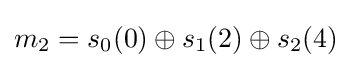
m_{2}=s_{0}(0)\oplus s_{1}(2)\oplus s_{2}(4)